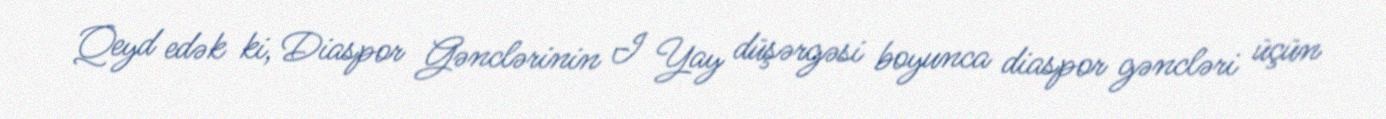
Qeyd edək ki, Diaspor Gənclərinin I Yay düşərgəsi boyunca diaspor gəncləri üçün